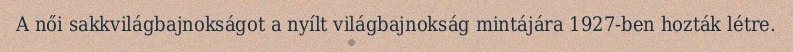
A női sakkvilágbajnokságot a nyílt világbajnokság mintájára 1927-ben hozták létre.